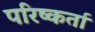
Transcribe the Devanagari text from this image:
परिष्कर्ता